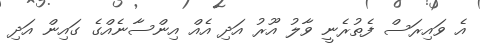
އެ ވައިރަސް ފެތުރެނީ ވާލު އޫރު އަދި އެއް އިންސާނެއްގެ ގައިން އަދި